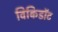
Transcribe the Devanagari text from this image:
विकिडॉट